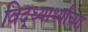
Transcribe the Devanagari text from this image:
विद्ध्यार्थ्यांच्या